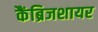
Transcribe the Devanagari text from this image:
कैंब्रिजशायर